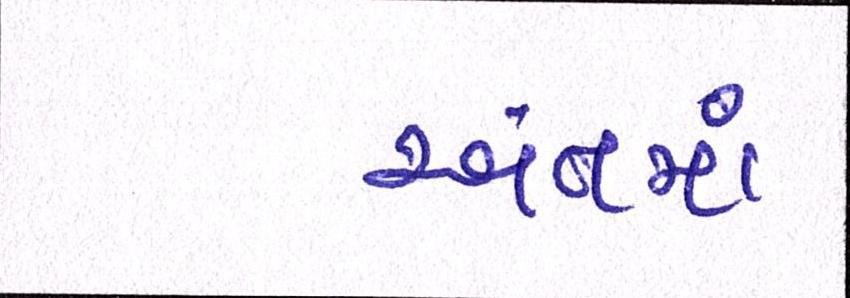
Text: અંતમાં